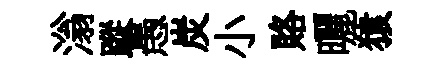
滃蹤愚炭小賂曬猿